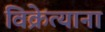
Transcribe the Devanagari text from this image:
विक्रेत्याना